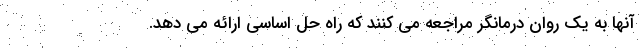
آنها به یک روان درمانگر مراجعه می کنند که راه حل اساسی ارائه می دهد.